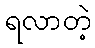
ရလာတဲ့